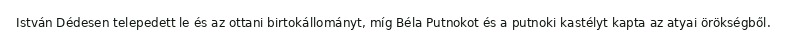
István Dédesen telepedett le és az ottani birtokállományt, míg Béla Putnokot és a putnoki kastélyt kapta az atyai örökségből.